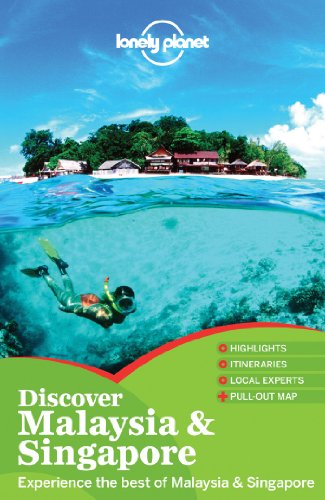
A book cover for Lonely Planet Discover Malaysia & Singapore (Travel Guide); Lonely Planet; Travel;